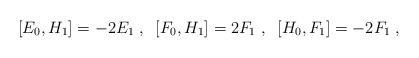
\begin{align*}[E_{0},H_{1}] = -2E_{1}\;,\;\; [F_{0},H_{1}] = 2F_{1}\;, \;\;[H_{0},F_{1}] = -2F_{1}\;,\end{align*}